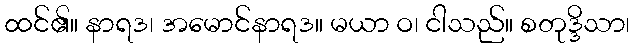
ထင်၏။ နာရဒ၊ အမောင်နာရဒ။ မယာ ဝ၊ ငါသည်။ စတုဒ္ဒိသာ၊